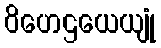
ဝိဟေဌယေယျုံ